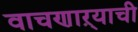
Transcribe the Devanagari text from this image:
वाचणाऱ्याची